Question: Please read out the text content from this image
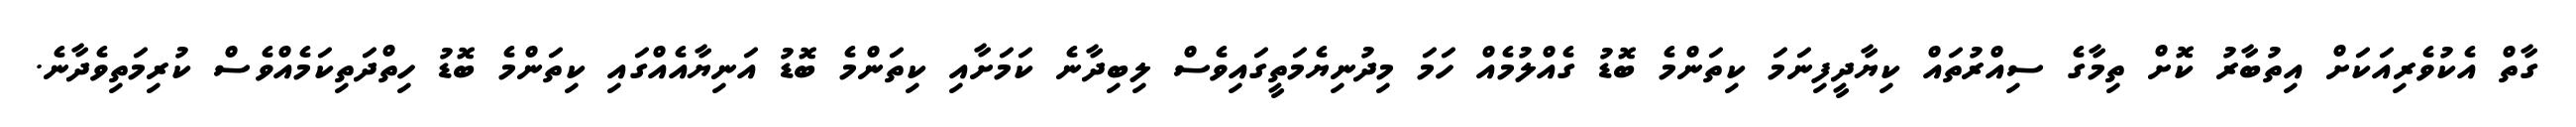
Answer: ގާތް އެކުވެރިއަކަށް އިތުބާރު ކޮށް ތިމާގެ ސިއްރުތައް ކިޔާދީފިނަމަ ކިތަންމެ ބޮޑު ގެއްލުމެއް ހަމަ މިދުނިޔެމަތީގައިވެސް ލިބިދާނެ ކަމަށާއި ކިތަންމެ ބޮޑު އަނިޔާއެއްގައި ކިތަންމެ ބޮޑު ހިތްދަތިކަމެއްވެސް ކުރިމަތިވެދާނެ.